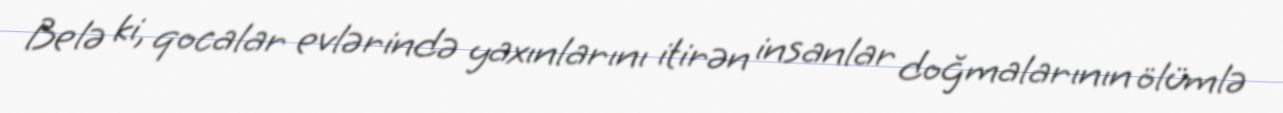
Belə ki, qocalar evlərində yaxınlarını itirən insanlar doğmalarının ölümlə